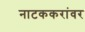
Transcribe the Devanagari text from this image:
नाटककरांवर